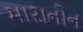
મારાનોન